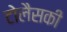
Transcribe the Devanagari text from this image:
टोलैसकी